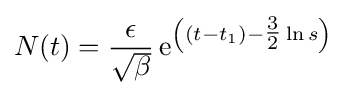
N(t)={\frac {\epsilon }{\sqrt {\beta }}}\,{\text{e}}^{\left((t-t_{1})-{\tfrac {3}{2}}\ln s\right)}